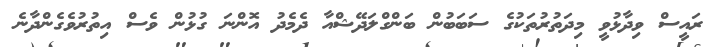
ރައީސް ވިދާޅުވީ މިދަތުރުތަކުގެ ސަބަބުން ބަންގްލަދޭޝްއާ ދެމެދު އޮންނަ ގުޅުން ވެސް އިތުރުވެގެންދާނެ